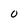
Character: 0